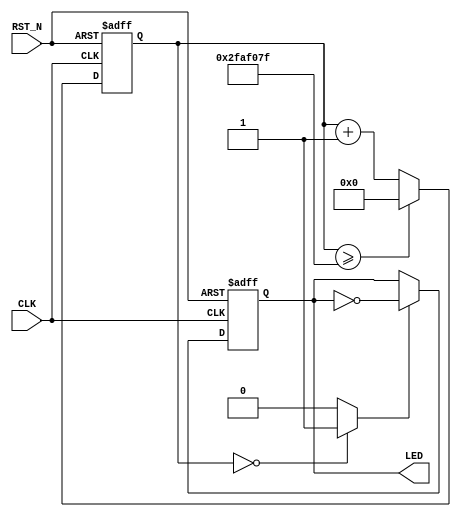
module L_CHIKA(
  input RST_N,
  input CLK,

  output reg LED
);

  reg [31:0] count;
  always @(posedge CLK or negedge RST_N) begin
    if(!RST_N) begin
      count <= 0;
    end else begin
      if(count >= ((100000000/2) - 1)) begin
        count <= 0;
      end else begin
        count <= count + 1;
      end
    end
  end

  wire led_toggle;
  assign led_toggle = (count == 0)?1'b1:1'b0;

  always @(posedge CLK or negedge RST_N) begin
    if(!RST_N) begin
      LED <= 0;
    end else begin
      if(led_toggle) begin
        LED <= ~LED;
      end
    end
  end

endmodule